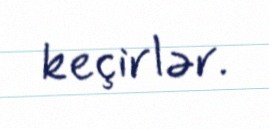
keçirlər.